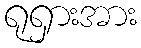
ရုရှားအား